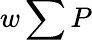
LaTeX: w\sum P